Report on the working of the mental hospitals for Indians in Bihar and Orissa - 1925-1929
Year: 1925
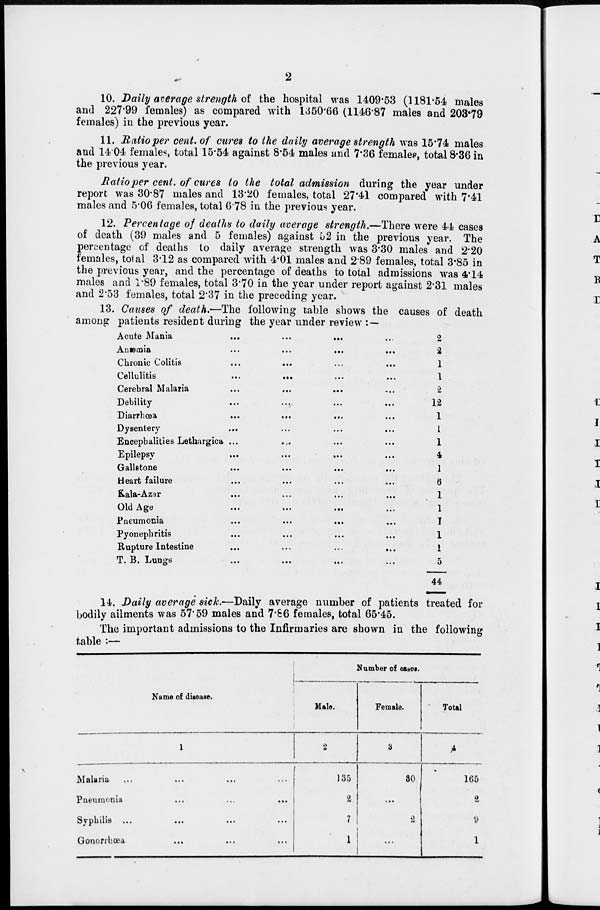
2
10. Daily average strength of the hospital was 1409.53 (1181.54 males
and 227.99 females) as compared with 1350.66 (1146.87 males and 203.79
females) in the previous year.
11. Ratio per cent. of cures to the daily average strength was 15.74 males
and 14.04 females, total 15.54 against 8.54 males and 7.36 females, total 8.36 in
the previous year.
Ratio per cent. of cures to the total admission during the year under
report was 30.87 males and 13.20 females, total 27.41 compared with 7.41
males and 5.06 females, total 6.78 in the previous year.
12. Percentage of deaths to daily average strength.—There were 44 cases
of death (39 males and 5 females) against 52 in the previous year. The
percentage of deaths to daily average strength was 3.30 males and 2.20
females, total 3.12 as compared with 4.01 males and 2.89 females, total 3.85 in
the previous year, and the percentage of deaths to total admissions was 4.14
males and 1.89 females, total 3.70 in the year under report against 2.31 males
and 2.53 females, total 2.37 in the preceding year.
13. Causes of death.—The following table shows the causes of death
among patients resident during the year under review :—
Acute Mania
...
...
...
...
Anæmia
...
...
...
...
Chronic Colitis ... ... ... ...
Cellulitis
...
...
...
...
Cerebral Malaria
...
...
...
...
Debility ... ... ... ...
Diarrhœa
...
...
...
...
Dysentery ... ... ... ...
Encephalities Lethargica ... ... ... ...
Epilepsy
...
...
...
...
Gallstone
...
...
...
...
Heart failure ... ... ... ...
Kala-Azar
...
...
...
...
Old Age
...
...
...
...
Pneumonia
...
...
...
...
Pyonephritis
...
...
...
...
Rupture Intestine ... ... ... ...
T. B. Lungs ... ... ... ...
2
2
1
1
2
12
1
1
1
4
1
6
1
1
1
1
1
5
44
14. Daily average sick.—Daily average number of patients treated for
bodily ailments was 57.59 males and 7.66 females, total 65.45.
The important admissions to the Infirmaries are shown in the following
table :—
Name of disease.
1
Malaria ... ... ... ...
Pneumonia
...
...
...
...
Syphilis ... ... ... ...
Gonorrhœa ... ... ... ...
Number of cases.
Male.
2
135
2
7
1
Female.
3
30
...
2
...
Total
4
165
2
9
1